Annual report on the mental hospital in the Central Provinces and Berar (Nagpur) - 1927-1951
Year: 1927
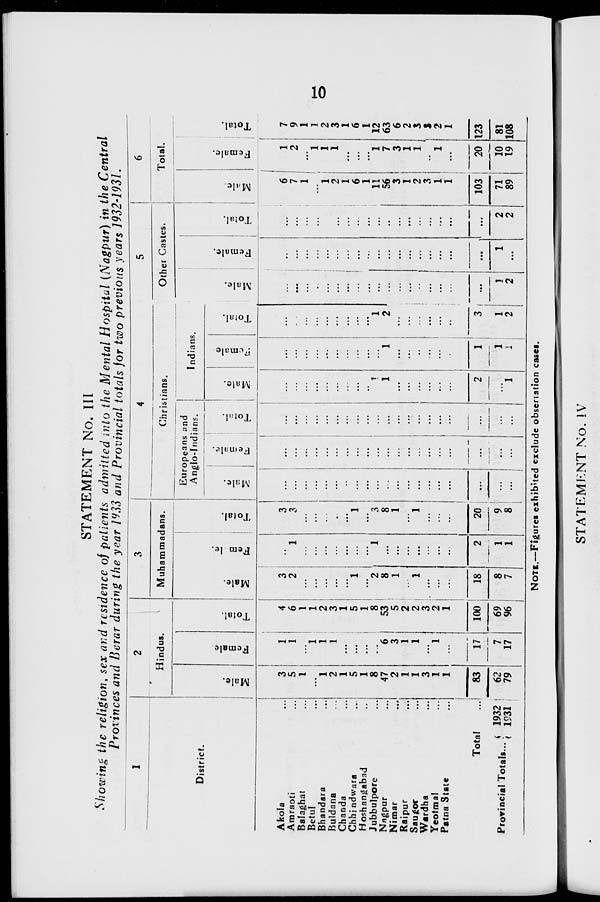
10
STATEMENT No. III
Showing the religion, sex and residence of patients admitted into the Mental Hospital (Nagpur) in the Central
Provinces and Berar during the year 1933 and Provincial totals for two previous years 1932-1931.
1
District.
Akola ...
Amraoti ...
Balaghat ...
Betul ...
Bhandara ...
Buldana ...
Chanda ...
Chhindwara ...
Hoshangabad ...
Jubbulpore ...
Nagpur ...
Nimar ...
Raipur ...
Saugor ...
Wardha ...
Yeotmal ...
Patna State ...
Total ...
Provincial Totals ...
1932
1931
2
Hindus.
Male.
3
5
1
...
1
2
1
5
1
8
47
2
1
1
3
1
1
83
62
79
Female.
1
1
...
1
1
1
...
...
...
...
6
3
1
1
...
1
...
17
7
17
Total.
4
6
1
1
2
3
1
5
1
8
53
5
2
2
3
2
1
100
69
96
3
Muhammadans.
Male.
3
2
...
...
...
...
...
1
...
2
8
1
...
1
...
...
...
18
8
7
Female.
...
1
...
...
...
...
...
...
...
1
...
...
...
...
...
...
...
2
1
1
Total.
3
3
...
...
...
...
...
1
...
3
8
1
...
1
...
...
...
20
9 8
4
Christians.
Europeans and
Anglo-Indians.
Male.
...
...
...
...
...
...
...
...
...
...
...
...
...
...
...
...
...
...
...
...
Female.
...
...
...
...
...
...
...
...
...
...
...
...
...
...
...
...
...
...
...
...
Total.
...
...
...
...
...
...
...
...
...
...
...
...
...
...
...
...
...
...
...
...
Indians.
Male.
...
...
...
...
...
...
...
...
...
1
1
...
...
...
...
...
...
2
...
1
Female.
...
...
...
...
...
...
...
...
...
...
1
...
...
...
...
...
...
1
1
1
Total.
...
...
...
...
...
...
...
...
...
1
2
...
...
...
...
...
...
3
1
2
5
Other Castes.
Male.
...
...
...
...
...
...
...
...
...
...
...
...
...
...
...
...
...
...
1
2
Female.
...
...
...
...
...
...
...
...
...
...
...
...
...
...
...
...
...
...
1
...
Total.
...
...
...
...
...
...
...
...
...
...
...
...
...
...
...
...
...
...
2
2
6
Total.
Male.
6
7
1
...
1
2
1
6
1
11
56
3
1
2
3
1
1
103
71
89
Female.
1
2
...
1
1
1
...
...
...
1
7
3
1
1
...
1
...
20
10
19
Total.
7
9
1
1
2
3
1
6
1
12
63
6
2
3
3
2
1
123
81
108
NOTE.—Figures exhibited exclude observation cases.